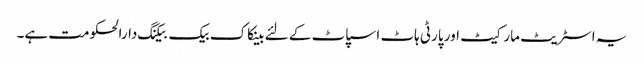
یہ اسٹریٹ مارکیٹ اور پارٹی ہاٹ اسپاٹ کے لئے بینکاک بیک بیکنگ دارالحکومت ہے۔